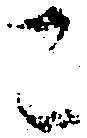
こ